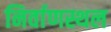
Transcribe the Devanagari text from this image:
निर्वाणस्थल